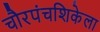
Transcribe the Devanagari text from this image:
चौरपंचशिकेला